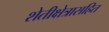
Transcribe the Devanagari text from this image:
शेतीक्षेत्रासहित